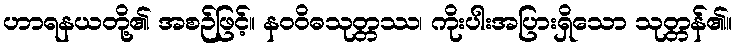
ဟာရနယတို့၏ အစဉ်ဖြင့်။ နဝဝိဓသုတ္တဿ၊ ကိုးပါးအပြားရှိသော သုတ္တန်၏။